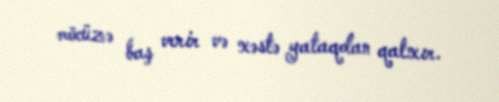
möcüzə baş verir və xəstə yataqdan qalxır.